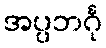
အပ္ပဘင်္ဂု